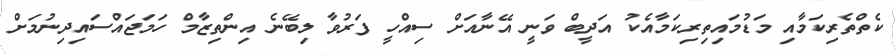
ކެތްތެރިކަމާއި މަޑުމައިތިރިކަމާއެކު އަދީބް ވަނީ އޭނާއަށް ސިއްހީ ފަރުވާ ލިބޭނެ އިންތިޒާމް ހަމަޖައްސައިދިނުމަށް